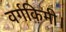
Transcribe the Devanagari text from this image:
वर्गकिमी।